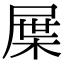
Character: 屟